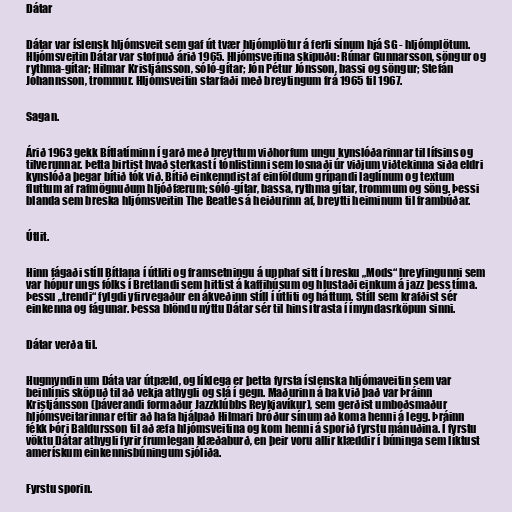
Dátar

Dátar var íslensk hljómsveit sem gaf út tvær hljómplötur á ferli sínum hjá SG - hljómplötum.
Hljómsveitin Dátar var stofnuð árið 1965. Hljómsveitina skipuðu: Rúnar Gunnarsson, söngur og
rythma-gítar; Hilmar Kristjánsson, sóló-gítar; Jón Pétur Jónsson, bassi og söngur; Stefán
Jóhannsson, trommur. Hljómsveitin starfaði með breytingum frá 1965 til 1967.

Sagan.

Árið 1963 gekk Bítlatíminn í garð með breyttum viðhorfum ungu kynslóðarinnar til lífsins og
tilverunnar. Þetta birtist hvað sterkast í tónlistinni sem losnaði úr viðjum viðtekinna siða eldri
kynslóða þegar bítið tók við. Bítið einkenndist af einföldum grípandi laglínum og textum
fluttum af rafmögnuðum hljóðfærum; sóló-gítar, bassa, rythma gítar, trommum og söng. Þessi
blanda sem breska hljómsveitin The Beatles á heiðurinn af, breytti heiminum til frambúðar.

Útlit.

Hinn fágaði stíll Bítlana í útliti og framsetningu á upphaf sitt í bresku „Mods“ hreyfingunni sem
var hópur ungs fólks í Bretlandi sem hittist á kaffihúsum og hlustaði einkum á jazz þess tíma.
Þessu „trendi“ fylgdi yfirvegaður en ákveðinn stíll í útliti og háttum. Stíll sem krafðist sér
einkenna og fágunar. Þessa blöndu nýttu Dátar sér til hins ítrasta í ímyndasrköpun sinni.

Dátar verða til.

Hugmyndin um Dáta var útpæld, og líklega er þetta fyrsta íslenska hljómaveitin sem var
beinlínis sköpuð til að vekja athygli og slá í gegn. Maðurinn á bak við það var Þráinn
Kristjánsson (þáverandi formaður Jazzklúbbs Reykjavíkur), sem gerðist umboðsmaður
hljómsveitarinnar eftir að hafa hjálpað Hilmari bróður sínum að koma henni á legg. Þráinn
fékk Þóri Baldursson til að æfa hljómsveitina og kom henni á sporið fyrstu mánuðina. Í fyrstu
vöktu Dátar athygli fyrir frumlegan klæðaburð, en þeir voru allir klæddir í búninga sem líktust
amerískum einkennisbúningum sjóliða.

Fyrstu sporin.